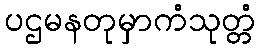
ပဌမနတုမှာကံသုတ္တံ